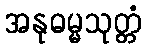
အနုဓမ္မသုတ္တံ